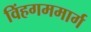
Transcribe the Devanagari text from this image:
विंहगममार्ग